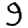
Digit: 9